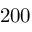
2 0 0